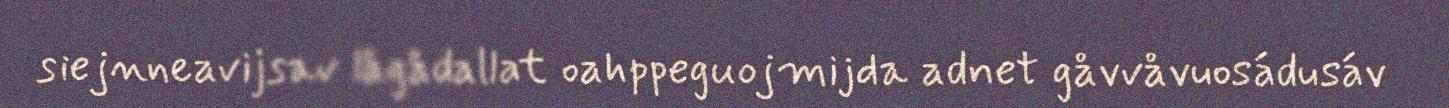
siejnneavijsav lågådallat oahppeguojmijda adnet gåvvåvuosádusáv